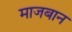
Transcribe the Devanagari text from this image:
माजबान